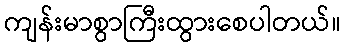
ကျန်းမာစွာကြီးထွားစေပါတယ်။